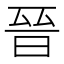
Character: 晉